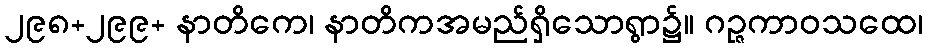
၂၉၈+၂၉၉+ နာတိကေ၊ နာတိကအမည်ရှိသောရွာ၌။ ဂဉ္ဇကာဝသထေ၊